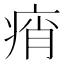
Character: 痟